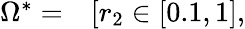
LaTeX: \begin{array}{rl}{\Omega^{*}=}&{{}[r_{2}\in[0.1,1],}\end{array}